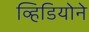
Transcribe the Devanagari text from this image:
व्हिडियोने